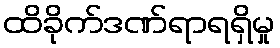
ထိခိုက်ဒဏ်ရာရရှိမှု